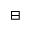
\boxminus